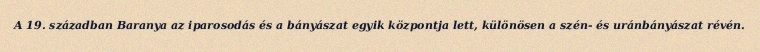
A 19. században Baranya az iparosodás és a bányászat egyik központja lett, különösen a szén- és uránbányászat révén.